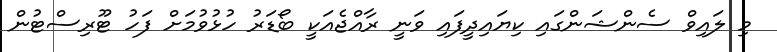
މި ލައިވް ސެންޝަންގައި ކިޔައިދީފައި ވަނީ ރާއްޖެއަކީ ބޯޑަރު ހުޅުވުމަށް ފަހު ޓޫރިސްޓުން